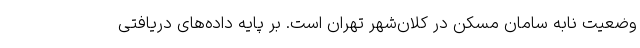
وضعیت نابه سامان مسکن در کلان‌شهر تهران است. بر پایه داده‌های دریافتی